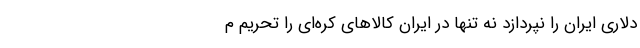
دلاری ایران را نپردازد نه تنها در ایران کالاهای کره‌ای را تحریم م